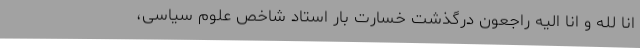
انا لله و انا الیه راجعون درگذشت خسارت بار استاد شاخص علوم سیاسی،